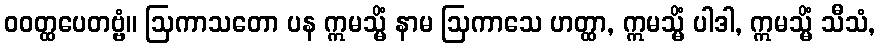
ဝဝတ္ထပေတဗ္ဗံ။ ဩကာသတော ပန ဣမသ္မိံ နာမ ဩကာသေ ဟတ္ထာ, ဣမသ္မိံ ပါဒါ, ဣမသ္မိံ သီသံ,